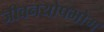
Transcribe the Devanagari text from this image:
जीवनयोपभोग